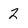
Character: 2